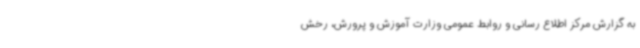
به گزارش مرکز اطلاع ‌رسانی و روابط عمومی وزارت آموزش و پرورش، رخش